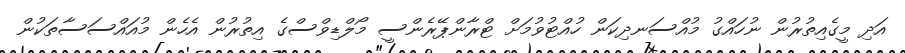
އަދި މީގެއިތުރުން ނުހައްގު މުއްސަނދިކަން ހުއްޓުވުމަށް ޓްރާންޕޭރެންސީ މޯލްޑިވްސްގެ އިތުރުން އެހެން މުއައްސަސާތަކުން